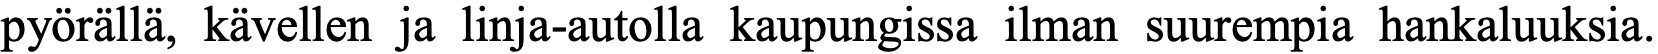
pyörällä, kävellen ja linja-autolla kaupungissa ilman suurempia hankaluuksia.